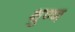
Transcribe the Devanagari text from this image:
क्षुण्ण